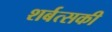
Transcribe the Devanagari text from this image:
शर्बत्सकी